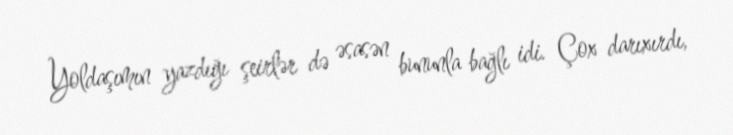
Yoldaşımın yazdığı şeirlər də əsasən bununla bağlı idi. Çox darıxırdı,